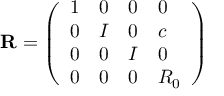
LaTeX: { \bf R } = \left( \begin{array} { l l l l } { { 1 } } & { { 0 } } & { { 0 } } & { { 0 } } \\ { { 0 } } & { { I } } & { { 0 } } & { { c } } \\ { { 0 } } & { { 0 } } & { { I } } & { { 0 } } \\ { { 0 } } & { { 0 } } & { { 0 } } & { { R _ { 0 } } } \end{array} \right)